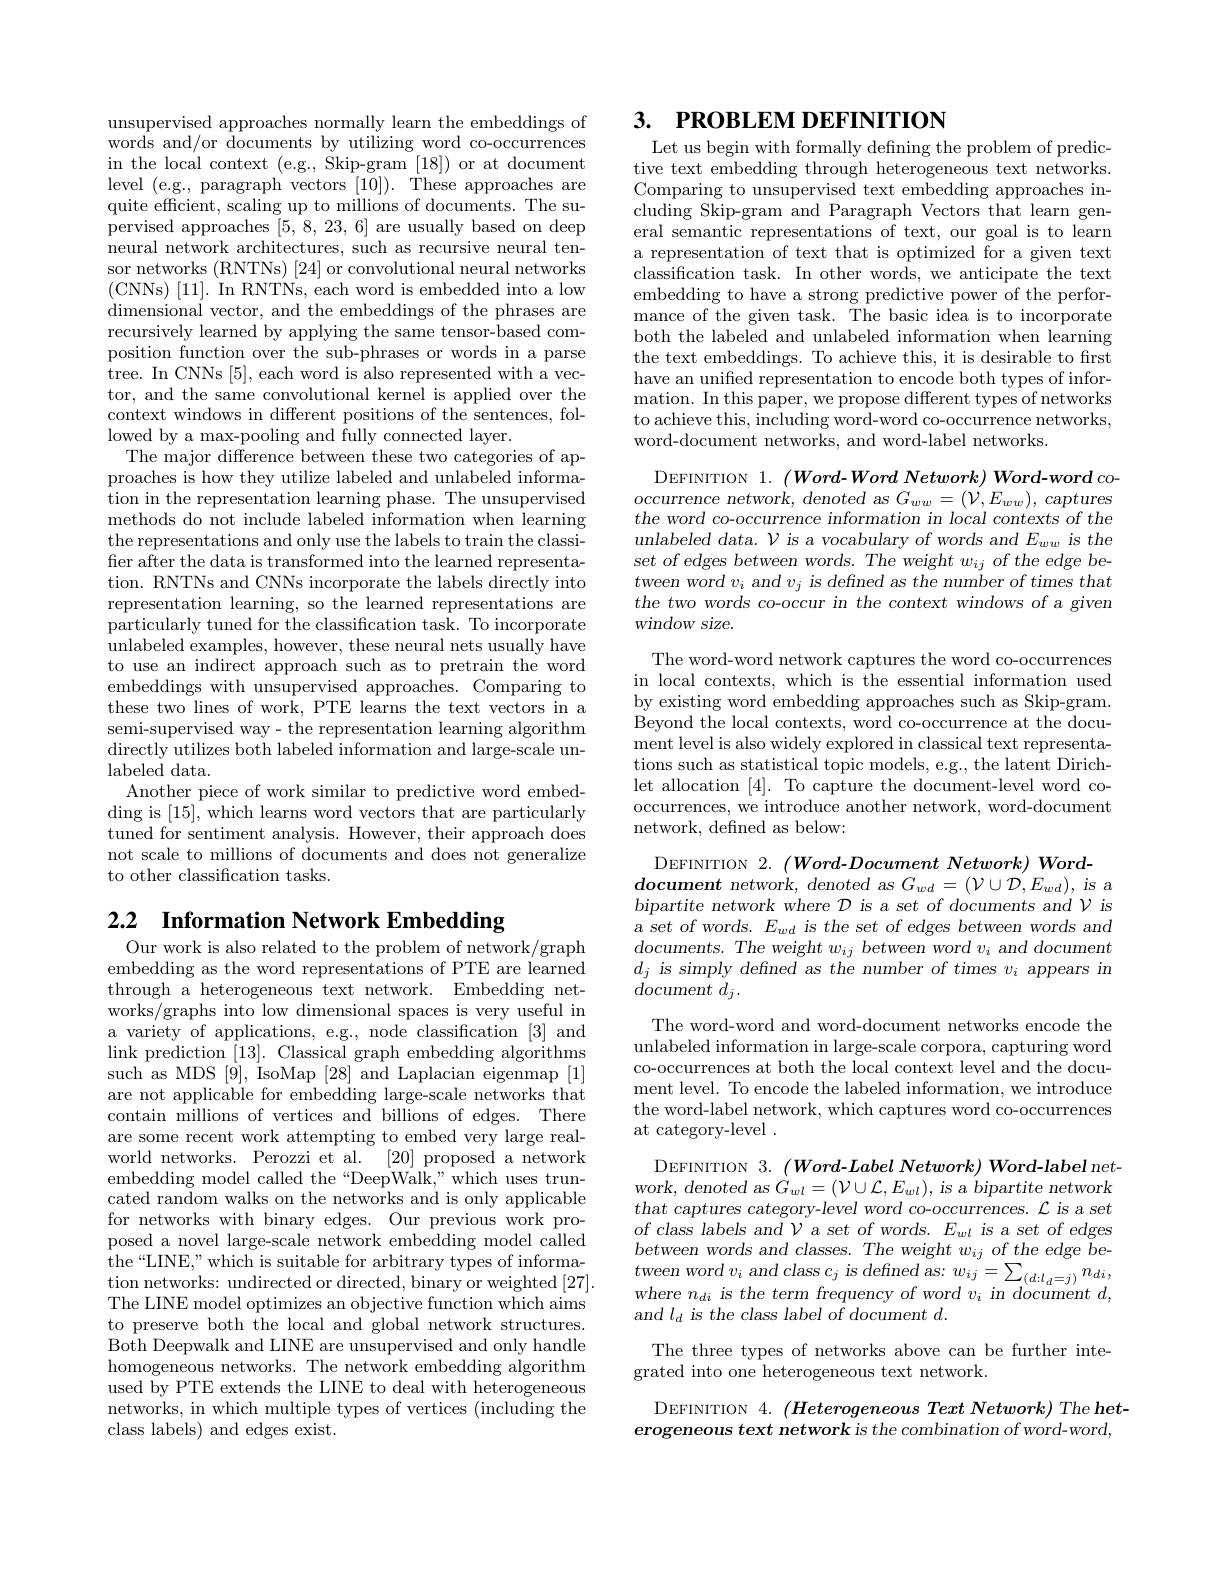
unsupervised approaches normally learn the embeddings of words and/or documents by utilizing word co-occurrences in the local context (e.g., Skip-gram [18]) or at document level (e.g., paragraph vectors [10]). These approaches are quite efficient, scaling up to millions of documents. The supervised approaches [5,8,23,6] are usually based on deep neural network architectures, such as recursive neural tensor networks (RNTNs) [24] or convolutional neural networks ( CNNs) [ 11] . In RNTNs, each word is embedded into a low $\begin{array}{cc}\text{dimensional vector, and the embeddings of the phrases are}\end{array}$ recursively learned by applying the same tensor-based composition function over the sub-phrases or words in a parse tree. In CNNs [ 5] , each word is also represented with a vec- tor, and the same convolutional kernel is applied over the context windows in different positions of the sentences, followed by a max-pooling and fully connected layer.
The major difference between these two categories of approaches is how they utilize labeled and unlabeled information in the representation learning phase. The unsupervised methods do not include labeled information when learning the representations and only use the labels to train the classifier after the data is transformed into the learned representation. RNTNs and CNNs incorporate the labels directly into representation learning, so the learned representations are particularly tuned for the classification task. To incorporate unlabeled examples, however, these neural nets usually have to use an indirect approach such as to pretrain the word embeddings with unsupervised approaches. Comparing to these two lines of work, PTE learns the text vectors in a semi-supervised way- the representation learning algorithm directly utilizes both labeled information and large-scale unlabeled data.
Another piece of work similar to predictive word embedding is [15], which learns word vectors that are particularly tuned for sentiment analysis. However, their approach does not scale to millions of documents and does not generalize to other classification tasks.

2.2 $\textbf{Information Network Embedding}$
Our work is also related to the problem of network/graph

embedding as the word representations of PTE are learned through a heterogeneous text network. Embedding networks/graphs into low dimensional spaces is very useful in a variety of applications, e.g., node classification [3] and link prediction [13]. Classical graph embedding algorithms such as MDS [9], IsoMap [28] and Laplacian eigenmap [1] are not applicable for embedding large-scale networks that contain millions of vertices and billions of edges. There are some recent work attempting to embed very large realworld networks. Perozzi et al. [20] proposed a network embedding model called the“DeepWalk,”which uses truncated random walks on the networks and is only applicable for networks with binary edges. Our previous work proposed a novel large-scale network embedding model called the“LINE,”which is suitable for arbitrary types of information networks: undirected or directed, binary or weighted [27]. The LINE model optimizes an objective function which aims to preserve both the local and global network structures. Both Deepwalk and LINE are unsupervised and only handle homogeneous networks. The network embedding algorithm used by PTE extends the LINE to deal with heterogeneous networks, in which multiple types of vertices (including the class labels) and edges exist.

## 3. PROBLEM DEFINITION Let us begin with formally defining the problem of predic-

tive text embedding through heterogeneous text networks. Comparing to unsupervised text embedding approaches including Skip-gram and Paragraph Vectors that learn general semantic representations of text, our goal is to learn a representation of text that is optimized for a given text classification task. In other words, we anticipate the text embedding to have a strong predictive power of the performance of the given task. The basic idea is to incorporate both the labeled and unlabeled information when learning the text embeddings. To achieve this, it is desirable to first have an unified representation to encode both types of information. In this paper, we propose different types of networks to achieve this, including word-word co-occurrence networks, word-document networks, and word-label networks.

DEFINITION 1. $( Word- Word\textit{Network) Word- word co- }$ $occurrence~network,~denoted~as~G_{ww}=(\dot{V},E_{ww}),~captures$ the word co-occurrence information in local contexts of the unlabeled data. $\mathcal{V}$ is a vocabulary of words and $E_ww$ is the set of edges between words. The weight $w_{ij}$ of the edge be- $t$ween word $v_i$ and $v_j$ is defined as the number of times that the two words co-occur in the context windows of a given window size.

The word-word network captures the word co-occurrences in local contexts, which is the essential information used by existing word embedding approaches such as Skip-gram. Beyond the local contexts, word co-occurrence at the docu- $\operatorname*{ment}$ level is also widely explored in classical text representations such as statistical topic models, e.g., the latent Dirichlet allocation [4]. To capture the document-level word cooccurrences, we introduce another network, word-document network, defined as below:

DEFINITION 2. (Word-Document Network) Word-
$\begin{array}{l}{\mathbf{document~network,~denoted~as~}G_{wd}=(\mathcal{V}\cup\mathcal{D},E_{wd}),\mathrm{~is~a}}\\{bipartite~network~where~\mathcal{D}~is~a~set~of~documents~and~}\mathcal{V}\end{array}$ a set of words. $E_wd$ is the set of edges between words and $documents.Theweightw_{ij}betweenwordv_{i}$ and document $d_j$ is simply defined as the number of times $v_i$ appears in $document~d_{j}.$

The word-word and word-document networks encode the

unlabeled information in large-scale corpora, capturing word

co-occurrences at both the local context level and the docu-

ment level. To encode the labeled information, we introduce

the word-label network, which captures word co-occurrences

at category-level .

DEFINITION 3. $( Word- Label\textit{Network) Word- label net- }$ $work$, denoted as $\dot G_{wl}=(\mathcal{V}\cup\mathcal{L},E_{wl})$, is a bipartite network that captures category-level word co-occurrences. $\mathcal{L}$ is a set of class labels and $\mathcal{V}$ a set of words. $E_wl$ is a set of edges between words and $classes.$ The weight $w_{ij}$ $of$ the edge $be-$ tween word $v_{i}$ and class $c_{j}$ $is$ defined $as:$ $w_{ij}= \sum _{( d: l_{d}= j) }n_{di}$, where $n_{di}$ $is$ the term frequency $of$ word $v_{i}$ $i$ $in$ document $d$, and $l_d$ is the class label of document $d.$

The three types of networks above can be further inte-
grated into one heterogeneous text network.

DEFINITION 4. $( Heterogeneous\textit{ Text Network) The het- }$ erogeneous text network is the combination of word-word,